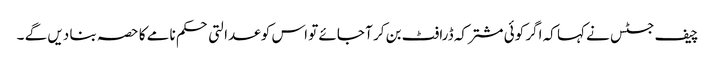
چیف جسٹس نے کہا کہ اگر کوئی مشترکہ ڈرافٹ بن کر آ جائے تو اس کو عدالتی حکم نامے کا حصہ بنا دیں گے ۔